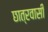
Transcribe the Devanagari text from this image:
छात्रवासी